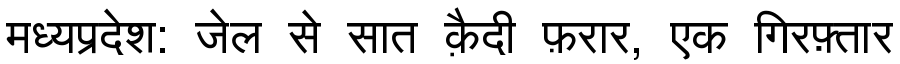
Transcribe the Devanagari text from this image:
मध्यप्रदेश: जेल से सात क़ैदी फ़रार, एक गिरफ़्तार